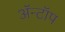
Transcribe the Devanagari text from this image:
ॲन्टॉप